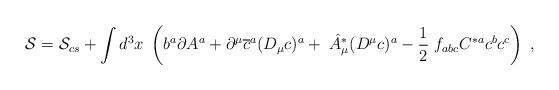
LaTeX: \begin{align*}\mathcal{S}=\mathcal{S}_{cs}+\int d^3x\;\left( b^a\partial A^a+\partial ^\mu \overline{c}^a(D_\mu c)^a+\;\hat{A}_\mu ^{*}(D^\mu c)^a-\frac12\;f_{abc}C^{*a}c^bc^c\right) \;, \end{align*}